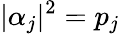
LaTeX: |\alpha_{j}|^{2}=p_{j}